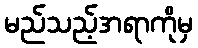
မည်သည့်အရာကိုမှ